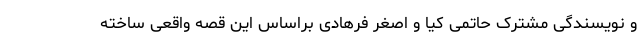
و نویسندگی مشترک حاتمی کیا و اصغر فرهادی براساس این قصه واقعی ساخته